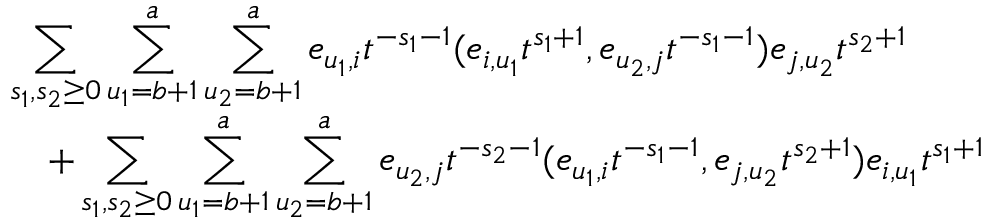
\begin{array} { r l } & { \displaystyle \sum _ { s _ { 1 } , s _ { 2 } \geq 0 } \sum _ { u _ { 1 } = b + 1 } ^ { a } \sum _ { u _ { 2 } = b + 1 } ^ { a } e _ { u _ { 1 } , i } t ^ { - s _ { 1 } - 1 } ( e _ { i , u _ { 1 } } t ^ { s _ { 1 } + 1 } , e _ { u _ { 2 } , j } t ^ { - s _ { 1 } - 1 } ) e _ { j , u _ { 2 } } t ^ { s _ { 2 } + 1 } } \\ & { \quad + \displaystyle \sum _ { s _ { 1 } , s _ { 2 } \geq 0 } \sum _ { u _ { 1 } = b + 1 } ^ { a } \sum _ { u _ { 2 } = b + 1 } ^ { a } e _ { u _ { 2 } , j } t ^ { - s _ { 2 } - 1 } ( e _ { u _ { 1 } , i } t ^ { - s _ { 1 } - 1 } , e _ { j , u _ { 2 } } t ^ { s _ { 2 } + 1 } ) e _ { i , u _ { 1 } } t ^ { s _ { 1 } + 1 } } \end{array}